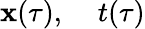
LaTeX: \mathbf{x}(\tau),\; \; \; \; t(\tau)